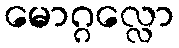
မောဂ္ဂလ္လော